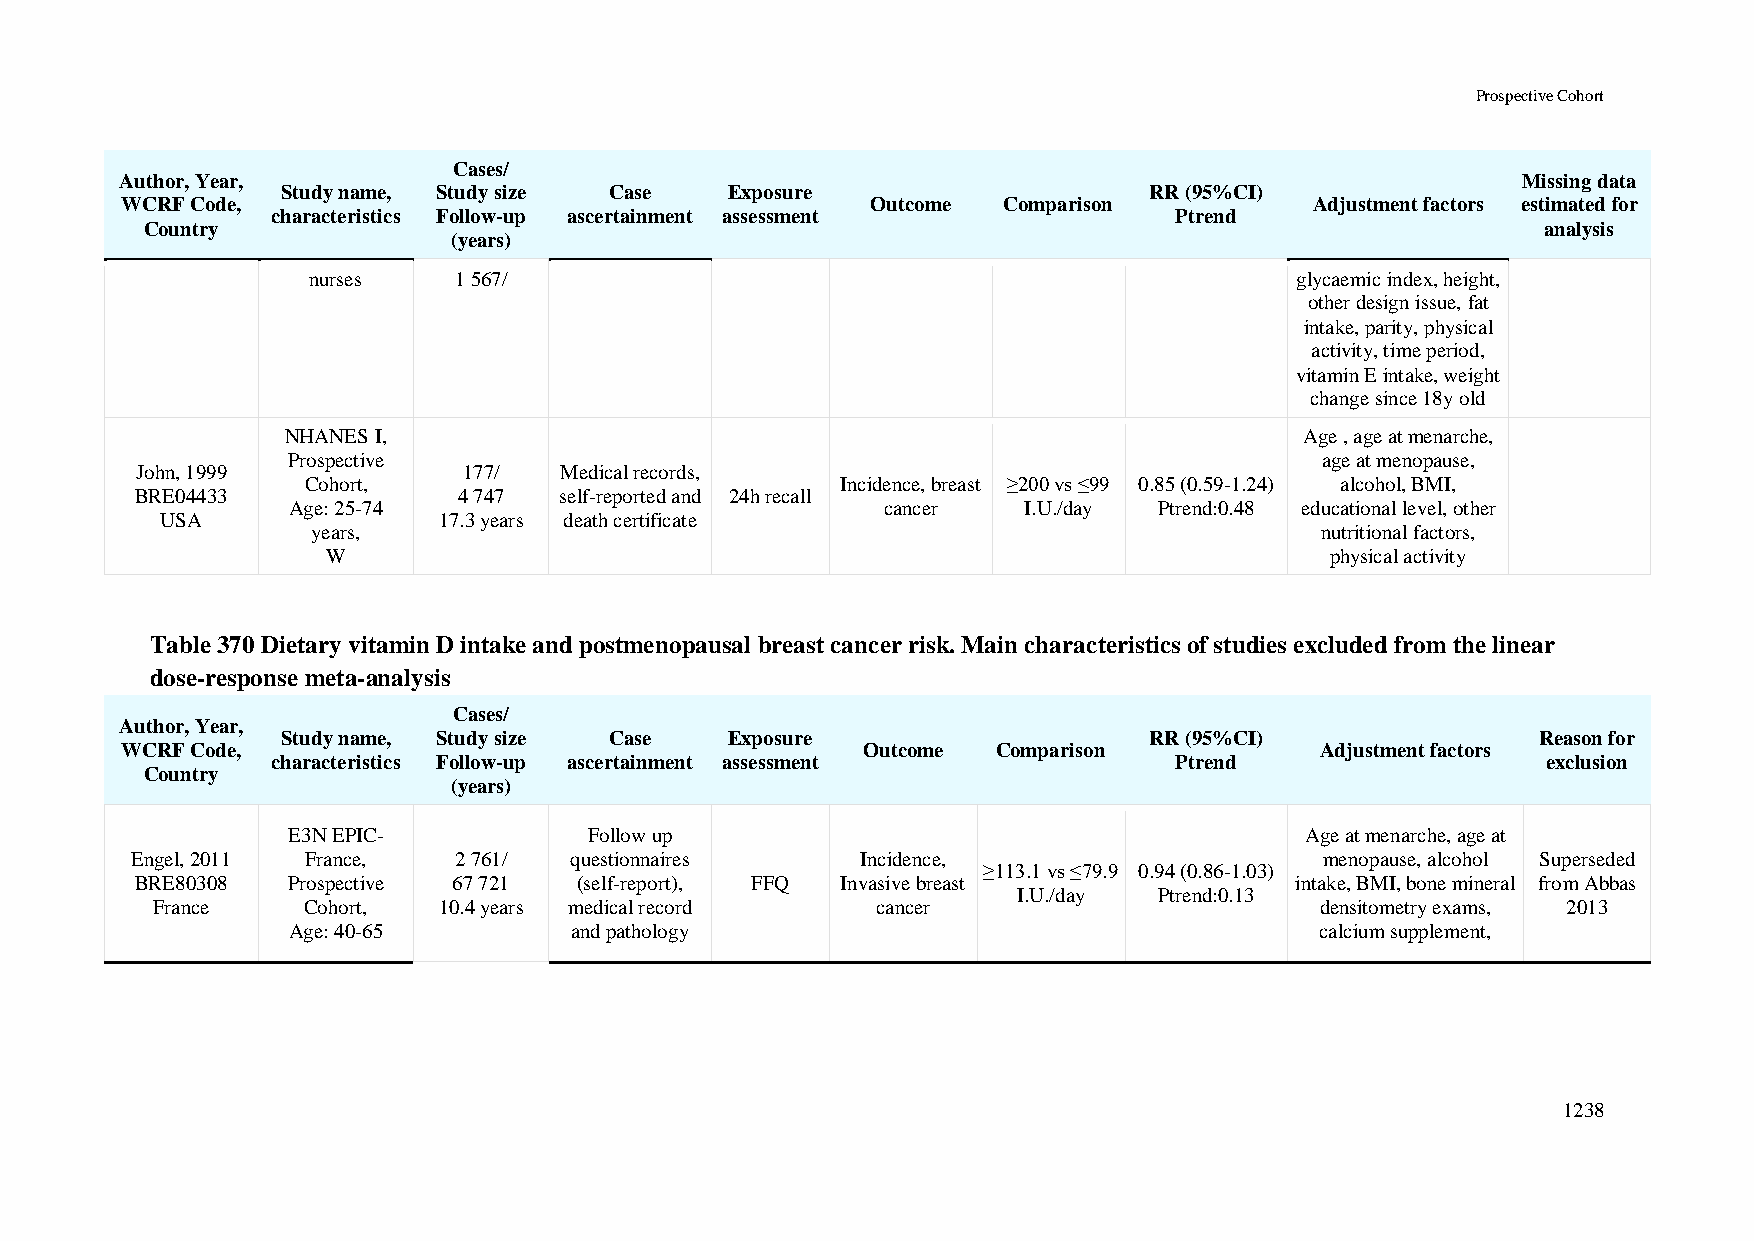
Prospective Cohort
 Cases/
 Author, Year,                                                                                Missing data
 Study name, Study size Case  Exposure                    RR (95%CI)
 WCRF Code,                                        Outcome Comparison           Adjustment factors estimated for
 characteristics Follow-up ascertainment assessment          Ptrend
 Country                                                                                     analysis
 (years)
 nurses    1 567/                                                  glycaemic index, height,
 other design issue, fat
 intake, parity, physical
 activity, time period,
 vitamin E intake, weight
 change since 18y old
 NHANES I,                                                          Age , age at menarche,
 Prospective                                                         age at menopause,
 John, 1999            177/  Medical records,
 Cohort,                             Incidence, breast ≥200 vs ≤99 0.85 (0.59-1.24) alcohol, BMI,
 BRE04433             4 747  self-reported and 24h recall
 Age: 25-74                             cancer    I.U./day Ptrend:0.48 educational level, other
 USA               17.3 years death certificate
 years,                                                            nutritional factors,
 W                                                                 physical activity
 Table 370 Dietary vitamin D intake and postmenopausal breast cancer risk. Main characteristics of studies excluded from the linear
 dose-response meta-analysis
 Cases/
 Author, Year,
 Study name, Study size Case  Exposure                    RR (95%CI)                Reason for
 WCRF Code,                                       Outcome  Comparison           Adjustment factors
 characteristics Follow-up ascertainment assessment          Ptrend                  exclusion
 Country
 (years)
 E3N EPIC-           Follow up                                      Age at menarche, age at
 Engel, 2011 France,  2 761/  questionnaires     Incidence,                     menopause, alcohol Superseded
 ≥113.1 vs ≤79.9 0.94 (0.86-1.03)
 BRE80308  Prospective 67 721 (self-report), FFQ Invasive breast              intake, BMI, bone mineral from Abbas
 I.U./day  Ptrend:0.13
 France    Cohort,  10.4 years medical record    cancer                       densitometry exams, 2013
 Age: 40-65         and pathology                                    calcium supplement,
 1238